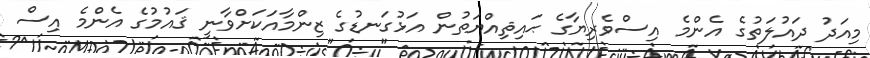
މިއަދު ދައުލަތުގެ އެންމެ އިސްވެރިޔާގެ ޙައިޘިއްޔަތުން އަޅުގަނޑުގެ ޒިންމާއަކަށްވާނީ ޤައުމުގެ އެންމެ އިސް